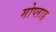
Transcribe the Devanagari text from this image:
मोप्लाह